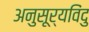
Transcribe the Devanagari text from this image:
अनुसूर्यविंदु